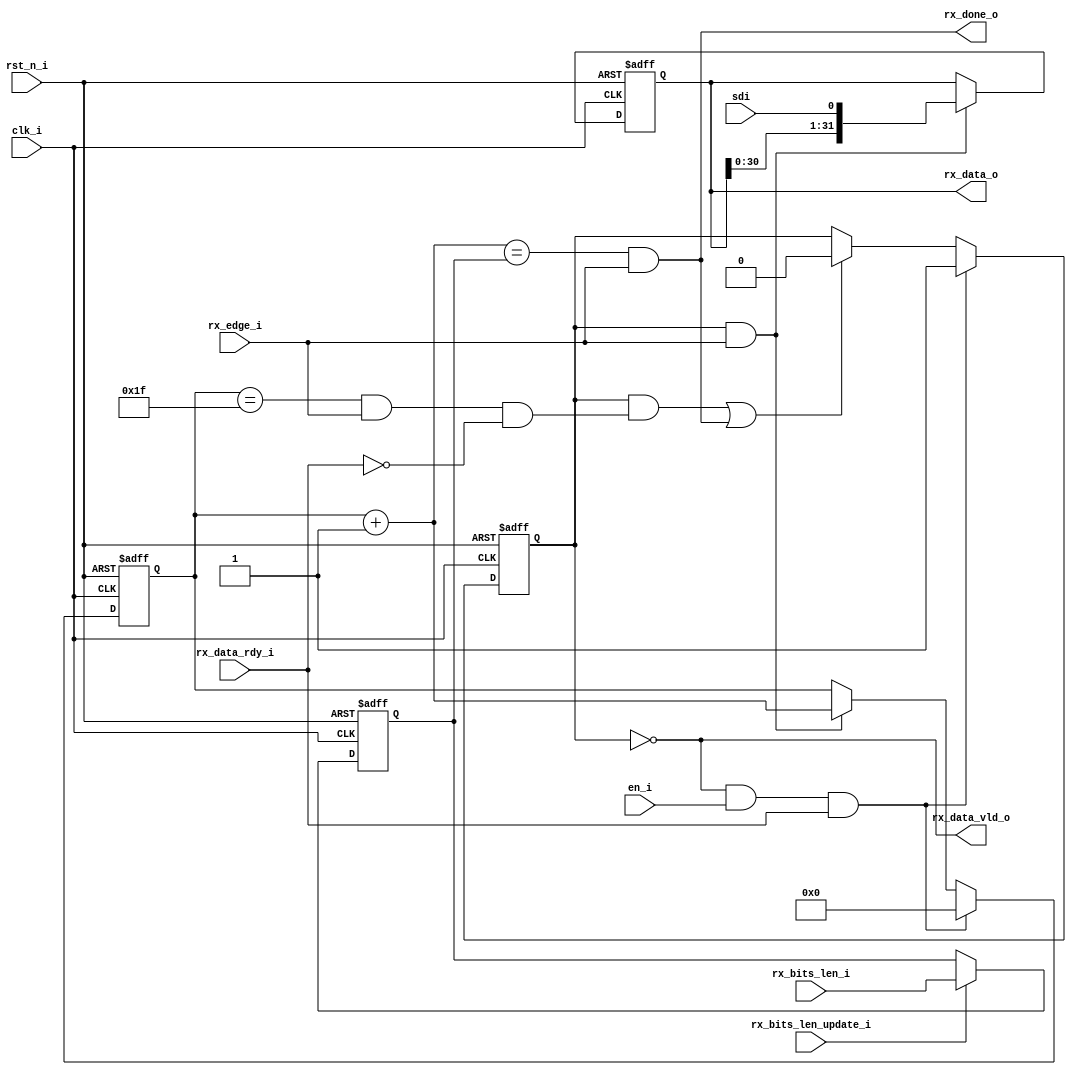
module spi_rx (
    input  wire        clk_i,                 // system clock
    input  wire        rst_n_i,               // system reset
    // SPI control
    input  wire        en_i,                  // enable
    input  wire        sdi,                   // SPI Rx input
    output wire        rx_done_o,             // SPI Rx finish
    input  wire        rx_edge_i,             // SPI clock edge flag
    // SPI Rx len input
    input  wire [15:0] rx_bits_len_i,
    input  wire        rx_bits_len_update_i,
    // SPI Rx data output
    output wire [31:0] rx_data_o,
    output wire        rx_data_vld_o,
    input  wire        rx_data_rdy_i
);

    localparam IDLE = 0, RECEIVE = 1;

    reg         state;  // current state
    reg  [15:0] rx_bits_len;  // totally length
    reg  [31:0] rx_data;  // data register
    reg  [15:0] rx_counter;  // receive counter
    wire [15:0] rx_counter_next;  // receive counter next
    wire        state_next;  // next state
    wire        state_go_idle;  // next state is idle
    wire        state_go_receive;  // next state is receive
    wire        state_is_idle;  // current state is idle
    wire        state_is_receive;  // current state is receive
    wire        word_done;  //  32bit(4 bytes) was received
    wire        rx_active;  // receive active

    assign rx_counter_next  = rx_counter + 16'h1;
    assign rx_data_o        = rx_data;
    assign state_is_idle    = state == IDLE;
    assign state_is_receive = state == RECEIVE;
    assign rx_data_vld_o    = state_is_idle;
    assign word_done        = (rx_counter == 5'b11111) && rx_edge_i;
    assign rx_done_o        = (rx_counter_next == rx_bits_len) && rx_edge_i;
    assign rx_active        = state_is_receive && rx_edge_i;
    assign state_go_idle    = state_is_receive && (word_done && !rx_data_rdy_i) || rx_done_o;
    assign state_go_receive = state_is_idle && en_i && rx_data_rdy_i;
    assign state_next       = state_go_receive ? RECEIVE : (state_go_idle ? IDLE : state);

    // update receive length
    always @(posedge clk_i or negedge rst_n_i) begin
        if (!rst_n_i) begin
            rx_bits_len <= 16'h0;
        end else begin
            if (rx_bits_len_update_i) begin
                rx_bits_len <= rx_bits_len_i;
            end
        end
    end

    // update receive counter
    always @(posedge clk_i or negedge rst_n_i) begin
        if (!rst_n_i) begin
            rx_counter <= 16'h0;
        end else begin
            if (state_go_receive) begin
                rx_counter <= 16'h0;
            end else if (rx_active) begin
                rx_counter <= rx_counter_next;
            end
        end
    end

    // data input
    always @(posedge clk_i or negedge rst_n_i) begin
        if (!rst_n_i) begin
            rx_data <= 32'h0;
        end else begin
            if (rx_active) begin
                rx_data <= {rx_data[30:0], sdi};
            end
        end
    end

    // update state
    always @(posedge clk_i or negedge rst_n_i) begin
        if (!rst_n_i) begin
            state <= IDLE;
        end else begin
            state <= state_next;
        end
    end
endmodule